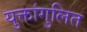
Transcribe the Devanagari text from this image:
युक्तांगुलित